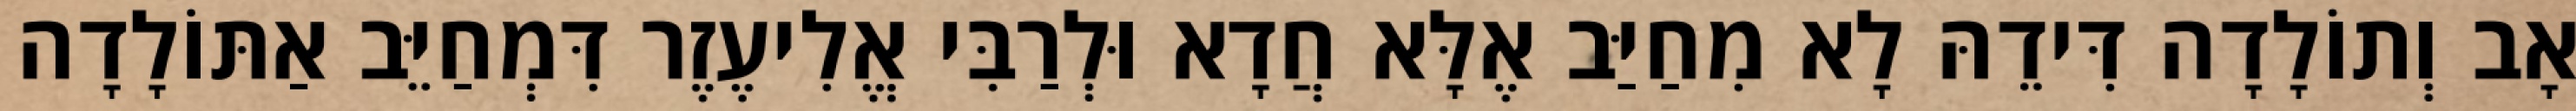
אָב וְתוֹלָדָה דִּידֵהּ לָא מִחַיַּב אֶלָּא חֲדָא וּלְרַבִּי אֱלִיעֶזֶר דִּמְחַיֵּב אַתּוֹלָדָה